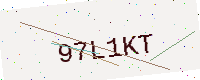
Text: 97L1KT